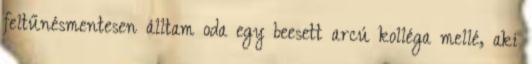
feltűnésmentesen álltam oda egy beesett arcú kolléga mellé, aki